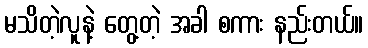
မသိတဲ့လူနဲ့ တွေ့တဲ့ အခါ စကား နည်းတယ်။